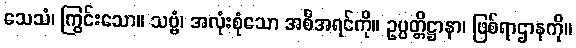
သေသံ၊ ကြွင်းသော။ သဗ္ဗံ၊ အလုံးစုံသော အစီအရင်ကို။ ဥပ္ပတ္တိဋ္ဌာနာ၊ ဖြစ်ရာဌာနကို။